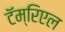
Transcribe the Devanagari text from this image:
टॅम्रिएल